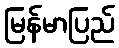
မြန်မာပြည်